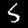
Digit: 5